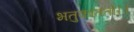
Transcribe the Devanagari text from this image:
भतुकाततो।।